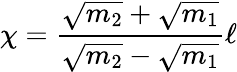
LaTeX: \chi=\frac{\sqrt{m_{2}}+\sqrt{m_{1}}}{\sqrt{m_{2}}-\sqrt{m_{1}}}\ell